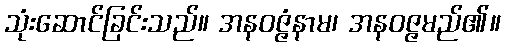
သုံးဆောင်ခြင်းသည်။ အနဝဇ္ဇံနာမ၊ အနဝဇ္ဇမည်၏။